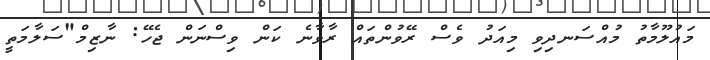
މައުލޫމާތު މުއްސަނދިވި މިއަދު ވެސް ރޭވުންތައް ރާވާނެ ކަން ވިސްނަން ޖެހޭ: ނާޒިމް"ސަލާމަތީ